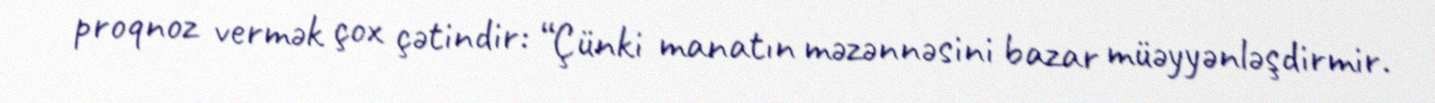
proqnoz vermək çox çətindir: “Çünki manatın məzənnəsini bazar müəyyənləşdirmir.